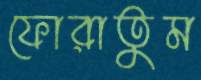
ফোরাতুম